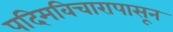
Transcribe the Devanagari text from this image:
पदिमविचारापासून